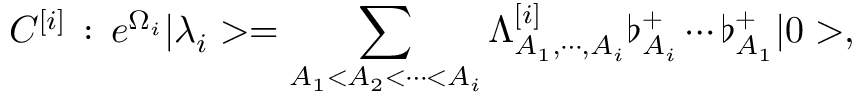
{ \cal C } ^ { [ i ] } \, : \, e ^ { \Omega _ { i } } | \lambda _ { i } > = \sum _ { A _ { 1 } < A _ { 2 } < \cdots < A _ { i } } \Lambda _ { A _ { 1 } , \cdots , A _ { i } } ^ { [ i ] } \flat _ { A _ { i } } ^ { + } \cdots \flat _ { A _ { 1 } } ^ { + } | 0 > ,